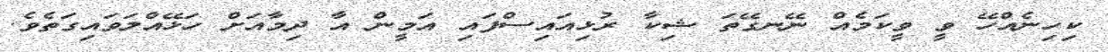
ކިހިނެއްހޭ ވީ ވީކަމެއް ނޭނގޭތަ ޝިކާ ރުޅިއައިސްފައި އަމީން އާ ދިމާއަށް ހަޅޭއްލަވައިގަތެވެ.